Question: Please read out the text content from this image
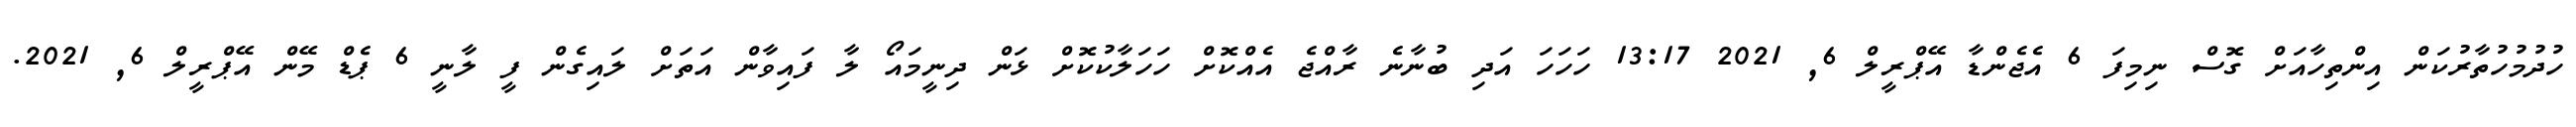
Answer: ހުދުމުހުތާރުކަން އިންތިހާއަށް ގޮސް ނިމިފަ 6 އެޖެންޑާ އޭޕްރީލް 6, 2021 13:17 ހަހަހަ އަދި ބުނާނެ ރާއްޖެ އެއްކޮށް ހަހަލާކުކޮށް ޅަން ދިނީމައޯ ލާ ފައިވާން އަތަށް ލައިގެން ފީ ލާނީ 6 ޕެޑް މޭން އޭޕްރީލް 6, 2021.